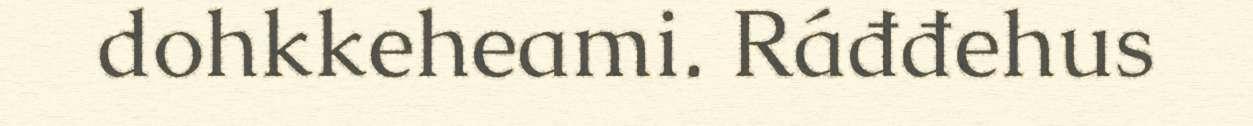
dohkkeheami. Ráđđehus